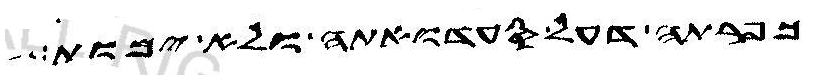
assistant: כפרתה דעל סעדואתה ולא ימות